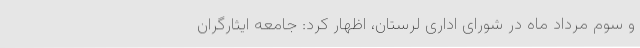
و سوم مرداد ماه در شورای اداری لرستان، اظهار کرد: جامعه ایثارگران